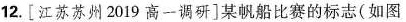
12.[江苏苏州2019高一调研]某帆船比赛的标志(如图